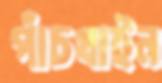
পাঁচখাইন